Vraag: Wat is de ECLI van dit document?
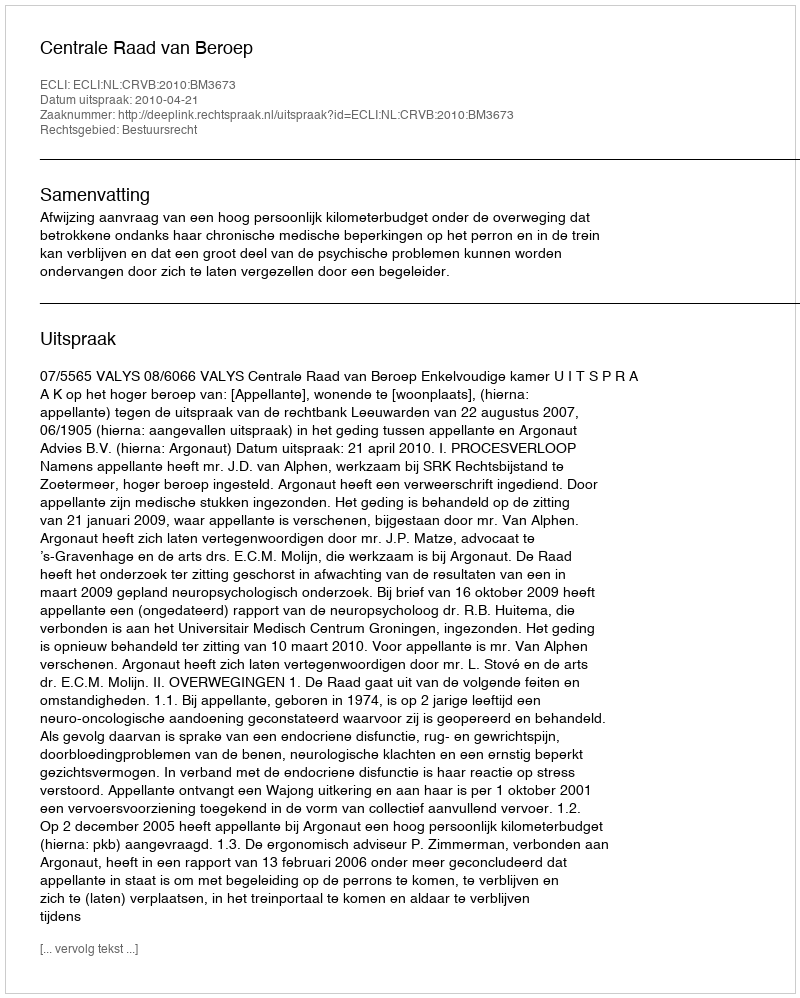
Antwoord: ECLI:NL:CRVB:2010:BM3673